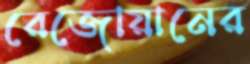
রেজোয়ানের